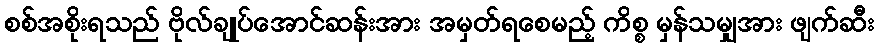
စစ်အစိုးရသည် ဗိုလ်ချုပ်အောင်ဆန်းအား အမှတ်ရစေမည့် ကိစ္စ မှန်သမျှအား ဖျက်ဆီး